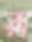
রা